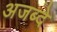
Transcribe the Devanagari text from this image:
अजब्दे